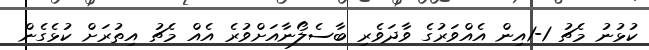
ކުޅުނު މެޗު 1-1އިން އެއްވަރުގެ ވާދަވެރި ބާސެލޯނާއަށްވުރެ އެއް މެޗު އިތުރަށް ކުޅެގެން